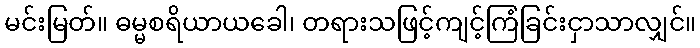
မင်းမြတ်။ ဓမ္မစရိယာယခေါ၊ တရားသဖြင့်ကျင့်ကြံခြင်းငှာသာလျှင်။